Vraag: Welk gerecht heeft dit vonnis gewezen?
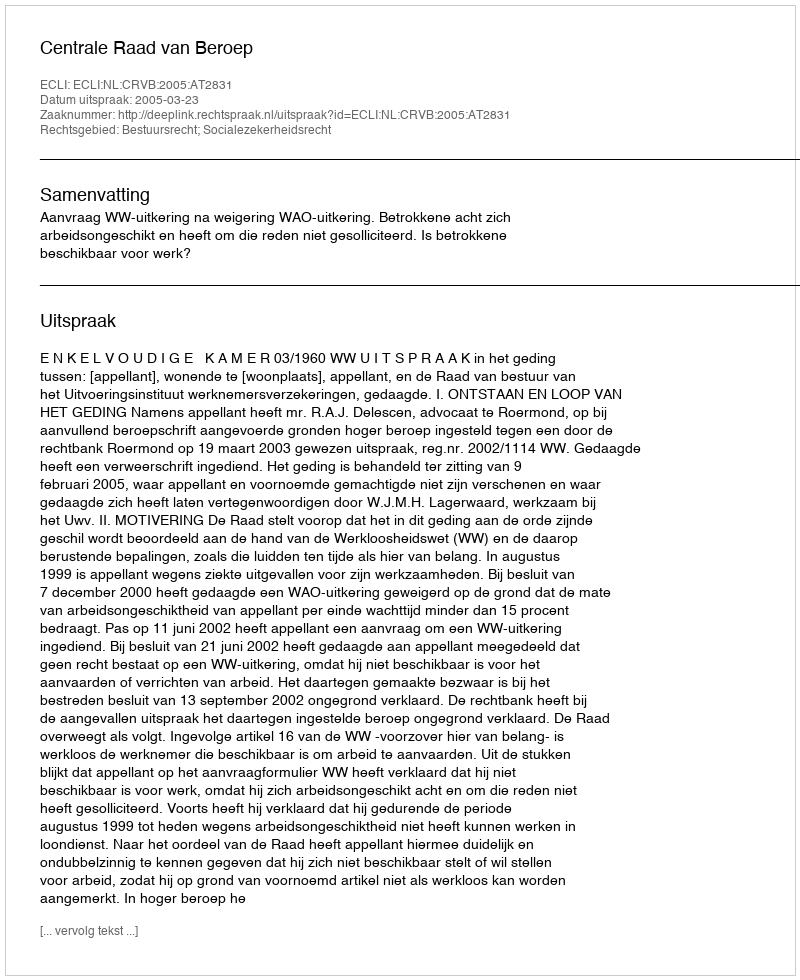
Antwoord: Centrale Raad van Beroep